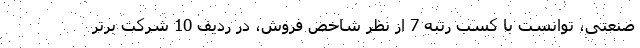
صنعتی، توانست با کسب رتبه 7 از نظر شاخص فروش، در ردیف 10 شرکت برتر